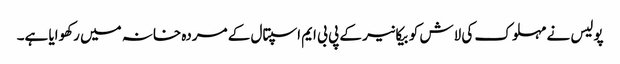
پولیس نے مہلوک کی لاش کو بیکانیر کے پی بی ایم اسپتال کے مردہ خانہ میں رکھوایا ہے۔